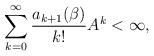
LaTeX: \begin{align*} \sum_{k=0}^\infty\frac{a_{k+1}(\beta)}{k!}A^k<\infty,\end{align*}